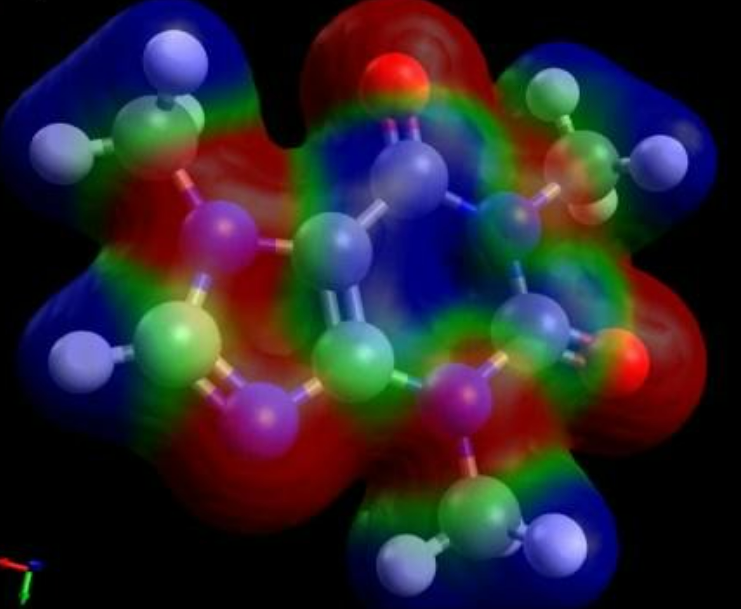
avogadro, ball and sticks, orbital